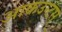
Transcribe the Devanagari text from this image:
आकउन्टस्